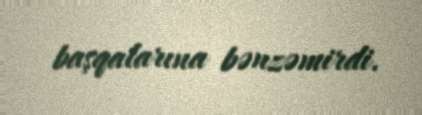
başqalarına bənzəmirdi.